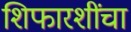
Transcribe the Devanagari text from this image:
शिफारशींचा